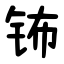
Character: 钸